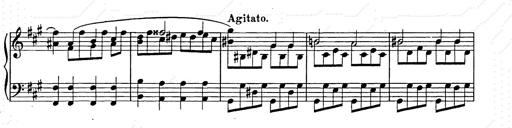
Title: Allegro di bravura
Composer: Carl Maria von Weber
Key: D major